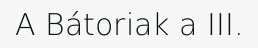
A Bátoriak a III.